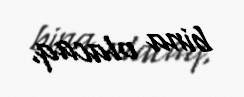
bina olacaq.